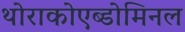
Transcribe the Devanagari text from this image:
थोराकोएब्डोमिनल